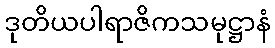
ဒုတိယပါရာဇိကသမုဋ္ဌာနံ